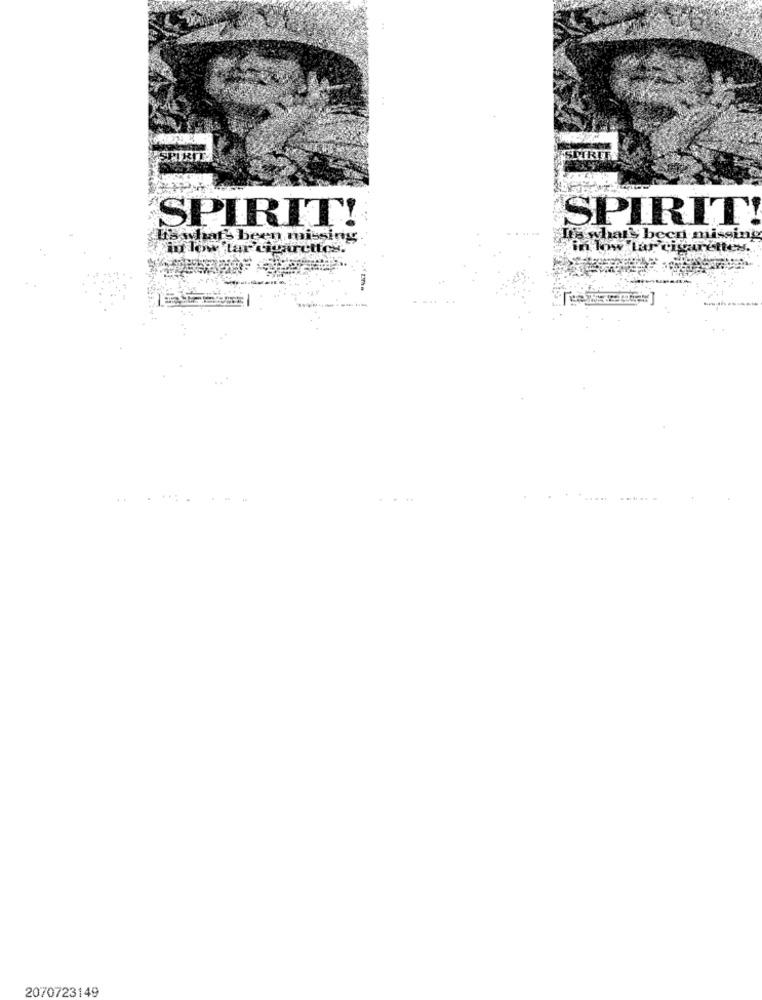
SPIRIT
SPIRIT!
Us what's been missing
It's what's been missing
in low tar cigarettes.
2070723149